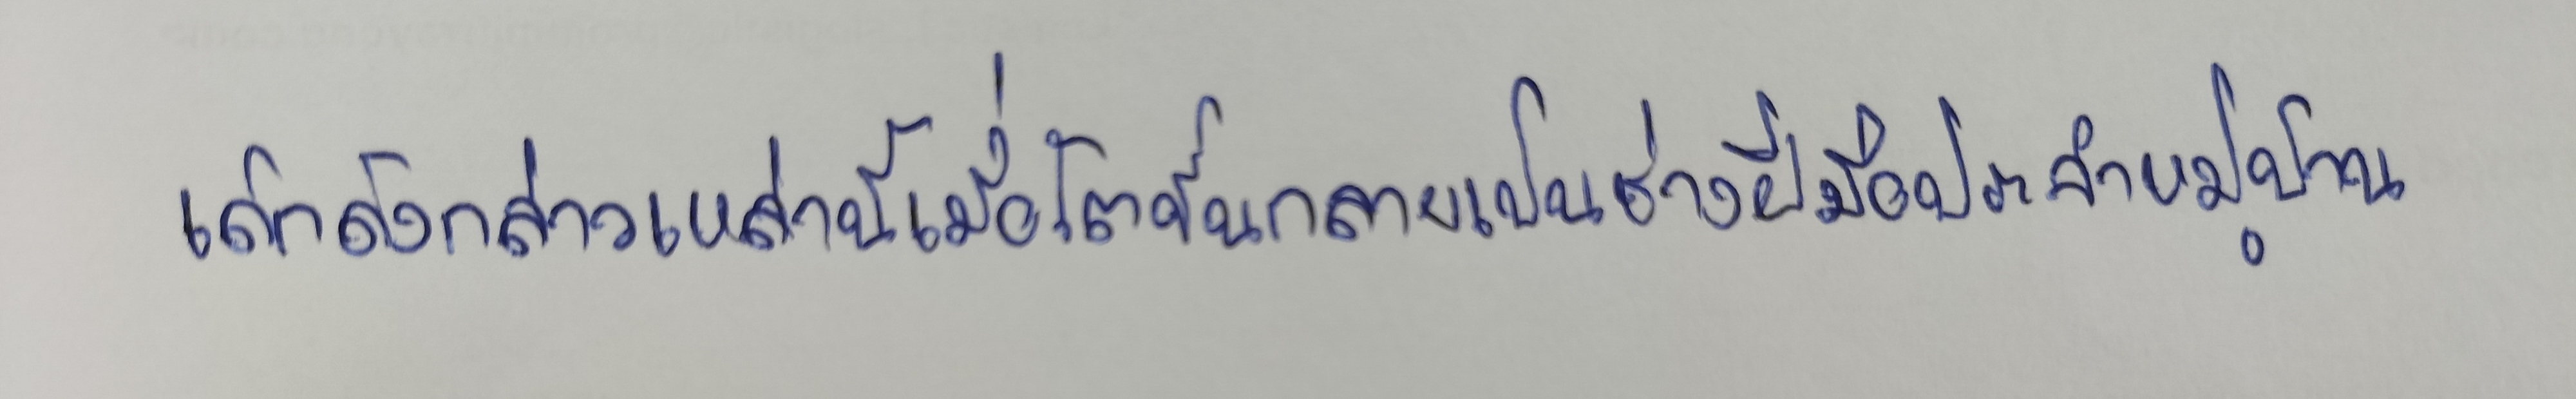
เด็กดังกล่าวเหล่านี้เมื่อโตขึ้นกลายเป็นช่างฝีมือประจำหมู่บ้าน